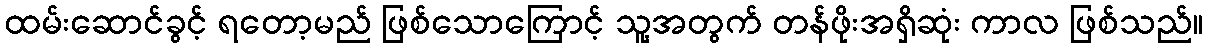
ထမ်းဆောင်ခွင့် ရတော့မည် ဖြစ်သောကြောင့် သူ့အတွက် တန်ဖိုးအရှိဆုံး ကာလ ဖြစ်သည်။